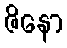
ဇိနော